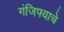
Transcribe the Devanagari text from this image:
गंजिफ्याचे